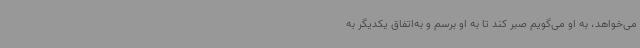
می‌خواهد، به او می‌گویم صبر کند تا به او برسم و به‌اتفاق یکدیگر به